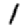
Digit: 1